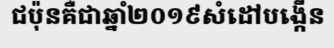
ជប៉ុនគឺជាឆ្នាំ២០១៩សំដៅបង្កើន